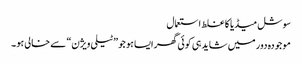
سوشل میڈیا کا غلط استعمال
موجودہ دور میں شاید ہی کوئی گھر ایسا ہو جو ”ٹیلی ویژن“ سے خالی ہو۔